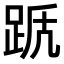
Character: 𨀭